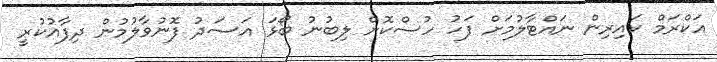
އަކްރަމް ކައިރިން ނައްޓާލުމަށް ފަހު ހުސްކޮށް ލިބުނު ބޯޅަ އަސަދު ފޮނުވާލުމުން ދިފާއުކުރީ